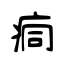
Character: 痌